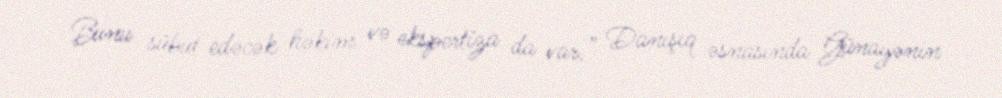
Bunu sübut edəcək həkim və ekspertiza da var.” Danışıq əsnasında Günayənin